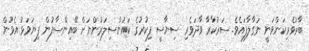
ބާރުވެރިކަންވަނީ ނަގާލާފައެވެ. ސަރުކާރާ ވާދަވެރި ސިޔާސީ ފިކުރުގެ ކައުންސިލަރުންނަށް ބޭއިންސާފުން ފިޔަވަޅު އެޅުން